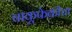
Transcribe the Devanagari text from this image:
चाकूफेकीचा